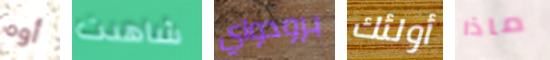
أوه شاهدت برودواي أولئك ماذا